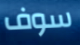
سوف